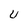
Character: u